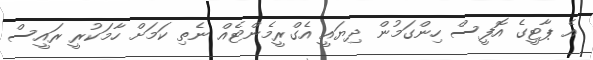
އެ ޕާޓީގެ އޮފީސް ހިންގަމުން ދިޔައީ އެގްރީމެންޓެއް ނެތި ކަމަށް ހާމަކުރީ ރައީސް